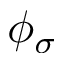
\phi _ { \sigma }